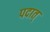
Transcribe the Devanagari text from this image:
पदात्